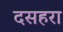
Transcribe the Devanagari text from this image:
दसहरा